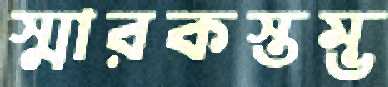
স্মারকস্তম্ভ